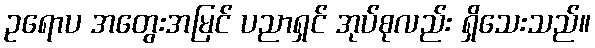
ဥရောပ အတွေးအမြင် ပညာရှင် အုပ်စုလည်း ရှိသေးသည်။